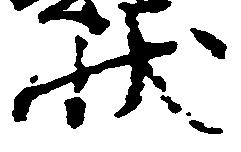
状